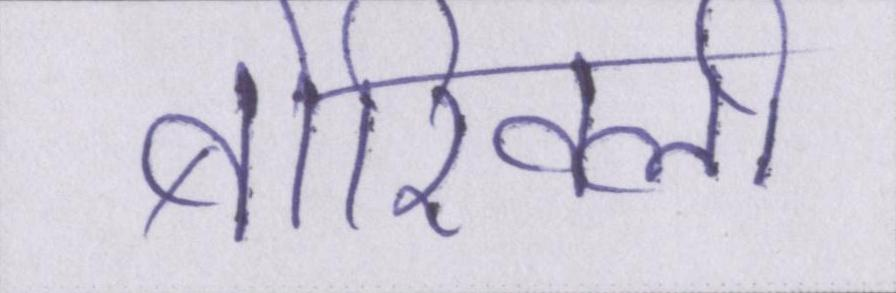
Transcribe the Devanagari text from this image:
बोरिवली